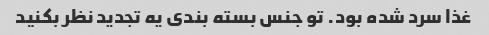
غذا سرد شده بود. تو جنس بسته بندی یه تجدید نظر بکنید